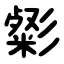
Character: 㣓